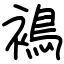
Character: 𧜣